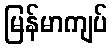
မြန်မာကျပ်